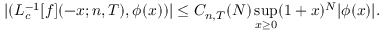
| ( L _ { c } ^ { - 1 } [ f ] ( - x ; n , T ) , \phi ( x ) ) | \leq C _ { n , T } ( N ) \operatorname * { s u p } _ { x \geq 0 } ( 1 + x ) ^ { N } | \phi ( x ) | .